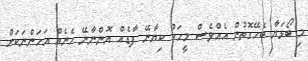
މި ބޯޅަޔާ ބެހޭގޮތުން އެއްވެސް މީހަކު ކިޔާނޭ ފާޑެއް އޮންނާނޭ ހެނެއް އަހަންނަކަށް